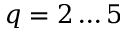
q = 2 \dots 5